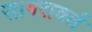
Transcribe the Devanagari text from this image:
सागरावर्त